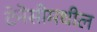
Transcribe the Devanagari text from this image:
टेनेसीमधील